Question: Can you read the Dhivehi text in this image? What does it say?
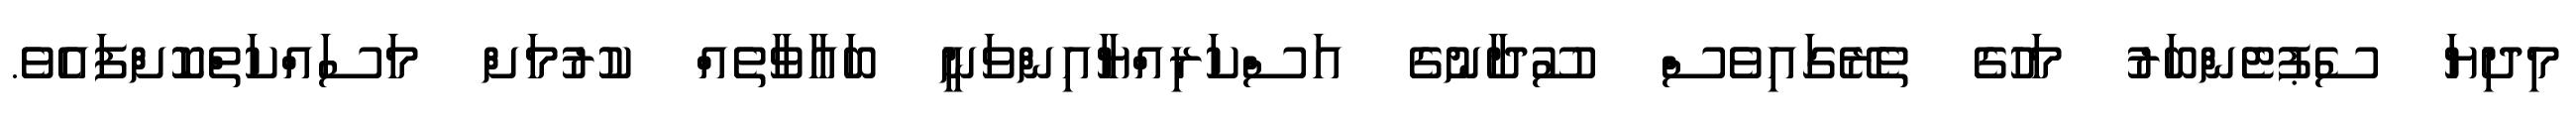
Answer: މިދިޔަ ސެޕުޓެންބަރު މަހުގެ ތެރޭގައިވެސް ސޫދާނުގެ އަސްކަރިއްޔާއިންވަނީ ބަޣާވާތެއް ކުރުމަށް މަސައްކަތްކޮށްފައެވެ.